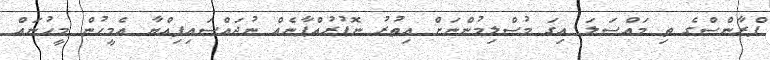
ފްރާންސްގެ ތި މައްސަލަ އިގަ މުސްލިމުންނަށް އިތުރު ނޮޕުރުއްޕާނެއް ނުޖައްސައިފިއްޔާ އެމީހުން މީހުނައް